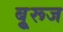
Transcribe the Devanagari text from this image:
बुूरूज